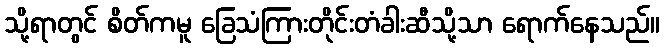
သို့ရာတွင် စိတ်ကမူ ခြေသံကြားတိုင်းတံခါးဆီသို့သာ ရောက်နေသည်။